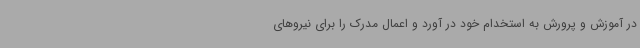
در آموزش و پرورش به استخدام خود در آورد و اعمال مدرک را برای نیروهای